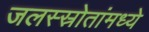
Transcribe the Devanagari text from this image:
जलस्स्रोतांमध्ये